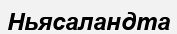
Ньясаландта